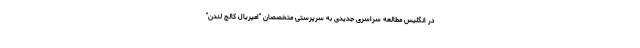
در انگلیس مطالعه سراسری جدیدی به سرپرستی متخصصان "امپریال کالج لندن"